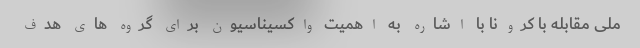
ملی مقابله با کرونا با اشاره به اهمیت واکسیناسیون برای گروه های هدف